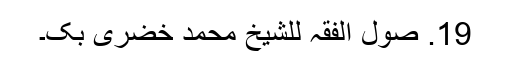
19. صول الفقہ للشیخ محمد خضری بک۔